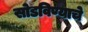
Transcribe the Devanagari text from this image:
सोडविण्याचे